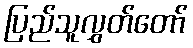
ပြည်သူလွှတ်တော်